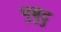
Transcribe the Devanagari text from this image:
पुबुदु